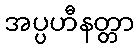
အပ္ပဟီနတ္တာ